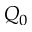
Q _ { 0 }